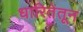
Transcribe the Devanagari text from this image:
धारितेतून